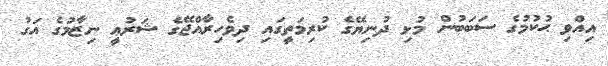
އިއްވި ޙުކުމުގެ ސަބަބުން މުޅި ދުނިޔޭގެ ކުރިމަތީގައި ދިވެހިރާއްޖޭގެ ޝަރުޢީ ނިޒާމުގެ އަގު